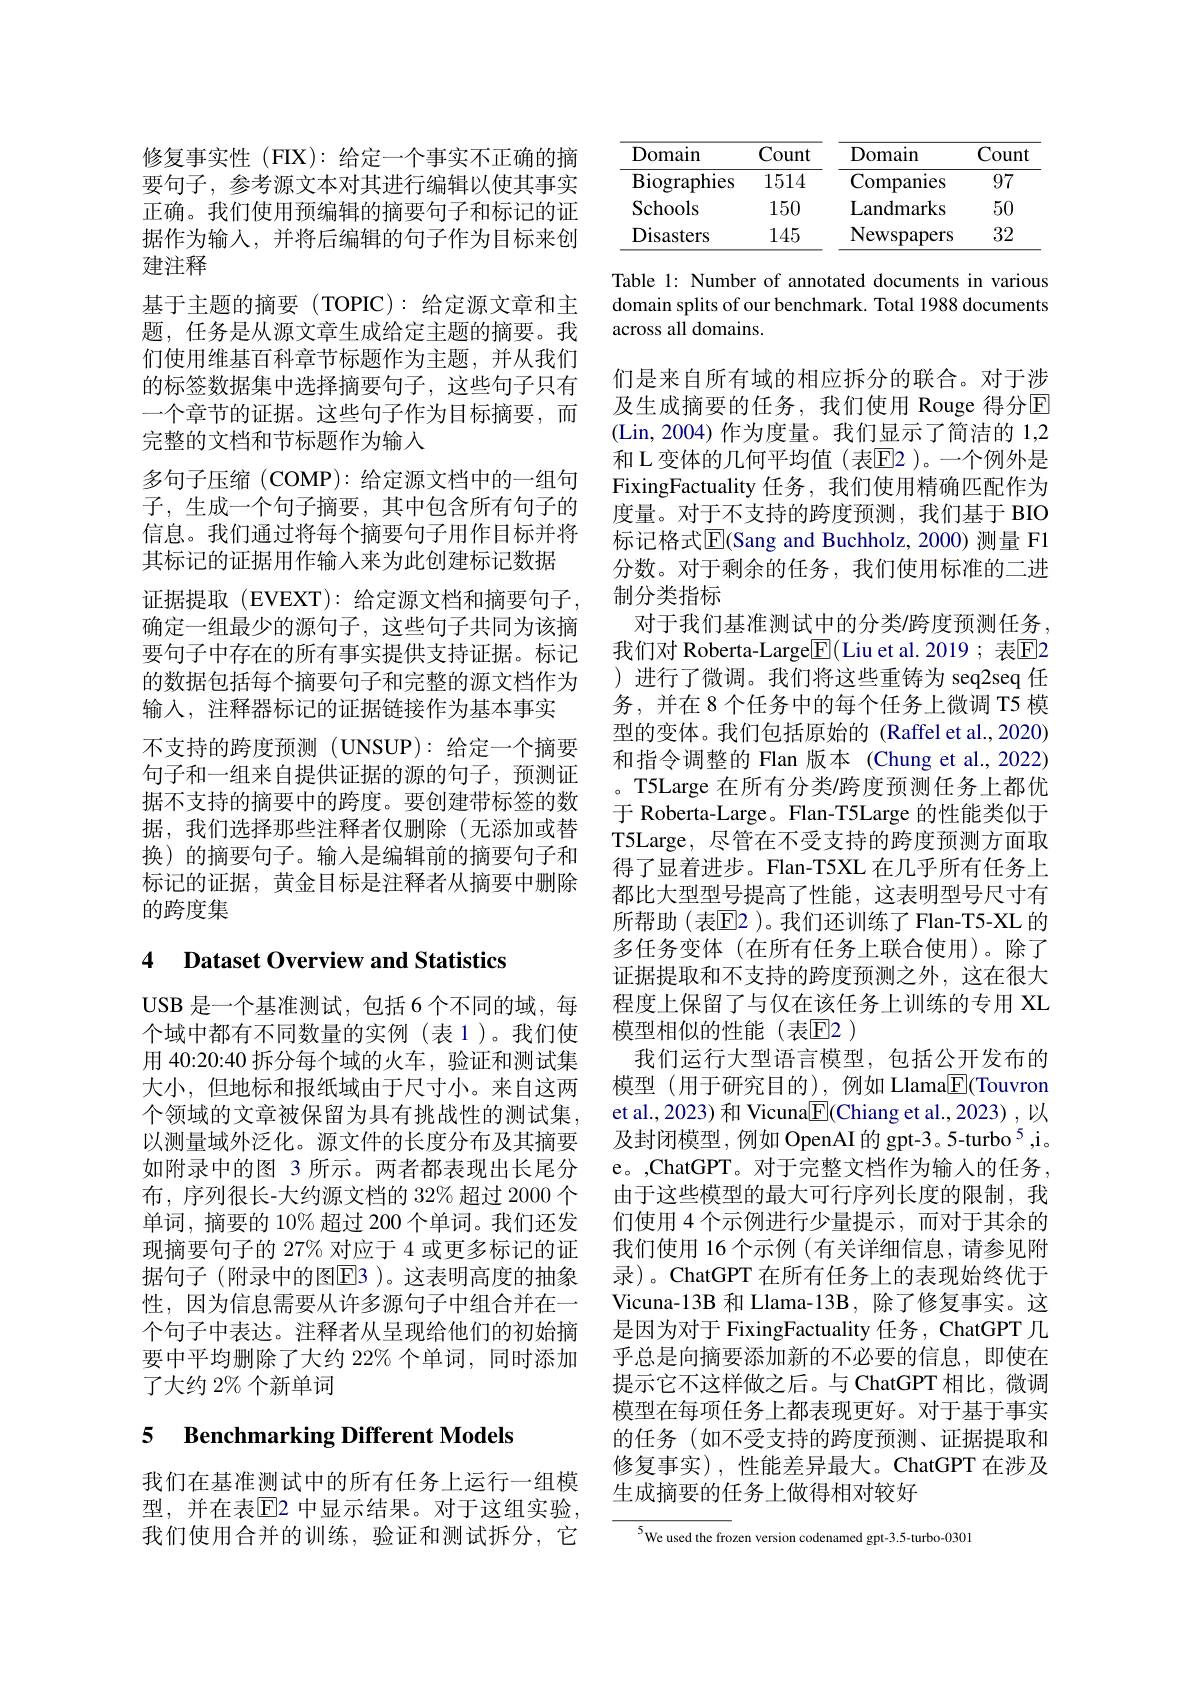
修复事实性 (FIX): 给定一个事实不正确的摘要句子，参考源文本对其进行编辑以使其事实正确。我们使用预编辑的摘要句子和标记的证据作为输入，并将后编辑的句子作为目标来创建注释
基于主题的摘要(TOPIC):给定源文章和主题，任务是从源文章生成给定主题的摘要。我们使用维基百科章节标题作为主题，并从我们的标签数据集中选择摘要句子，这些句子只有一个章节的证据。这些句子作为目标摘要，而完整的文档和节标题作为输入
多句子压缩(COMP):给定源文档中的一组句子，生成一个句子摘要，其中包含所有句子的信息。我们通过将每个摘要句子用作目标并将其标记的证据用作输入来为此创建标记数据证据提取(EVEXT): 给定源文档和摘要句子， 确定一组最少的源句子，这些句子共同为该摘要句子中存在的所有事实提供支持证据。标记的数据包括每个摘要句子和完整的源文档作为输入，注释器标记的证据链接作为基本事实
不支持的跨度预测(UNSUP):给定一个摘要句子和一组来自提供证据的源的句子，预测证据不支持的摘要中的跨度。要创建带标签的数据，我们选择那些注释者仅删除(无添加或替换)的摘要句子。输入是编辑前的摘要句子和标记的证据，黄金目标是注释者从摘要中删除的跨度集

## 4 Dataset Overview and Statistics

USB 是一个基准测试，包括 6 个不同的域，每个域中都有不同数量的实例(表 1)。我们使用 40:20:40 拆分每个域的火车，验证和测试集大小，但地标和报纸域由于尺寸小。来自这两个领域的文章被保留为具有挑战性的测试集， 以测量域外泛化。源文件的长度分布及其摘要如附录中的图 3 所示。两者都表现出长尾分布，序列很长-大约源文档的 32%超过 2000个单词，摘要的 10%超过 200个单词。我们还发现摘要句子的 27% 对应于 4 或更多标记的证据句子(附录中的图$\overline{\mathrm{E}}$3)。这表明高度的抽象性，因为信息需要从许多源句子中组合并在一个句子中表达。注释者从呈现给他们的初始摘要中平均删除了大约 22% 个单词，同时添加了大约 2% 个新单词

5 Benchmarking Different Models

我们在基准测试中的所有任务上运行一组模型，并在表$\overline{\mathrm{E}}$2 中显示结果。对于这组实验， 我们使用合并的训练，验证和测试拆分，它

<table>
	<tbody>
		<tr>
			<th>Domain</th>
			<th>Count</th>
			<th>Domain</th>
			<th>Count</th>
		</tr>
		<tr>
			<td>Biographies</td>
			<td>1514</td>
			<td>Companies</td>
			<td>97</td>
		</tr>
		<tr>
			<td>Schools</td>
			<td>150</td>
			<td>Landmarks</td>
			<td>50</td>
		</tr>
		<tr>
			<td>Disasters</td>
			<td>145</td>
			<td>Newspapers</td>
			<td>32</td>
		</tr>
	</tbody>
</table>

Table 1: Number of annotated documents in various domain splits of our benchmark. Total 1988 documents across all domains.

们是来自所有域的相应拆分的联合。对于涉及生成摘要的任务，我们使用 Rouge 得分$\operatorname{E}$ (Lin,2004)作为度量。我们显示了简洁的 1,2和 L 变体的几何平均值(表$\overline{\mathrm{E}}$2 )。一个例外是FixingFactuality 任务，我们使用精确匹配作为度量。对于不支持的跨度预测，我们基于 BIO 标记格式$\overline{\mathbb{E}}$(Sang and Buchholz, 2000) 测量 F1分数。对于剩余的任务，我们使用标准的二进制分类指标
对于我们基准测试中的分类/跨度预测任务， 我们对 Roberta-Large$\boxed{\mathrm{F}}($Liu et al.2019;表$\boxed{\mathrm{E}}2$ )进行了微调。我们将这些重铸为 seq2seq 任务，并在 8 个任务中的每个任务上微调 T5 模型的变体。我们包括原始的 (Raffel et al.,2020) 和指令调整的 Flan 版本 (Chung et al.,2022) 。T5Large 在所有分类/跨度预测任务上都优于 Roberta-Large。Flan-T5Large 的性能类似于T5Large, 尽管在不受支持的跨度预测方面取得了显着进步。Flan-T5XL 在几乎所有任务上都比大型型号提高了性能，这表明型号尺寸有所帮助(表$\mathbb{E}$E2 )。我们还训练了 Flan-T5-XL 的多任务变体(在所有任务上联合使用)。除了证据提取和不支持的跨度预测之外，这在很大程度上保留了与仅在该任务上训练的专用 XL 模型相似的性能(表$\mathbb{E}$2)
我们运行大型语言模型，包括公开发布的模型(用于研究目的),例如 Llama$\mathbb{E}($Touvron et al., 2023) 和 Vicuna$\boxed{\mathrm{F}}($Chiang et al., 2023) , 以及封闭模型，例如 OpenAI 的 gpt-3。5-turbo $^{5}$,i。e。,ChatGPT。对于完整文档作为输入的任务， 由于这些模型的最大可行序列长度的限制，我们使用 4 个示例进行少量提示 ,而对于其余的我们使用 16 个示例 (有关详细信息，请参见附录)。ChatGPT 在所有任务上的表现始终优于Vicuna-13B 和 Llama-13B, 除了修复事实。这是因为对于 FixingFactuality 任务 , ChatGPT 几乎总是向摘要添加新的不必要的信息，即使在提示它不这样做之后。与 ChatGPT 相比，微调模型在每项任务上都表现更好。对于基于事实的任务 (如不受支持的跨度预测、证据提取和修复事实),性能差异最大。ChatGPT 在涉及生成摘要的任务上做得相对较好

$^{5}$We used the frozen version codenamed gpt-3.5-turbo-0301